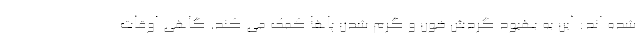
شده اند: این به بهبود گردش خون و گرم شدن پاها کمک می کند. گاهی اوقات